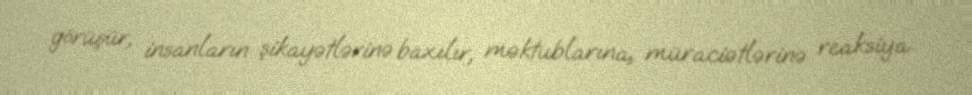
görüşür, insanların şikayətlərinə baxılır, məktublarına, müraciətlərinə reaksiya